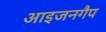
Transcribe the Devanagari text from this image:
आइजनगैप